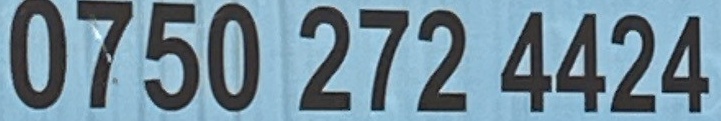
0750 272 4424